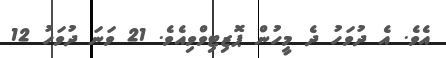
އެވެ. އެ ދުވަހު ދެ މީހުން ޕޮޒިޓިވްވިއެވެ. 21 ވަނަ ދުވަހު 12